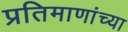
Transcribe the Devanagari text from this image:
प्रतिमाणांच्या